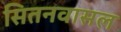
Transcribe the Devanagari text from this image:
सितनवासल